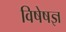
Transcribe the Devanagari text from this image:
विषेषज्ञ